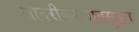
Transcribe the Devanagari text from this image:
सादरीकरणातसुद्धा